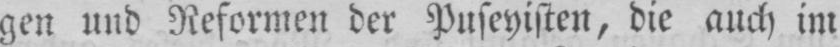
gen und Reformen der Puseyisten, die auch im